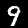
Digit: 9